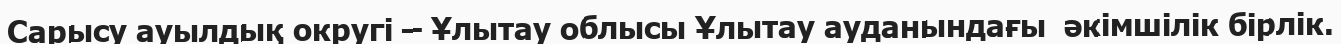
Сарысу ауылдық округі – Ұлытау облысы Ұлытау ауданындағы  әкімшілік бірлік.